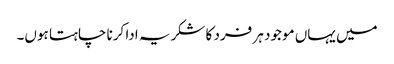
میں یہاں موجود ہر فرد کا شکریہ ادا کرنا چاہتا ہوں۔